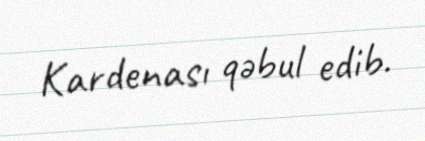
Kardenası qəbul edib.